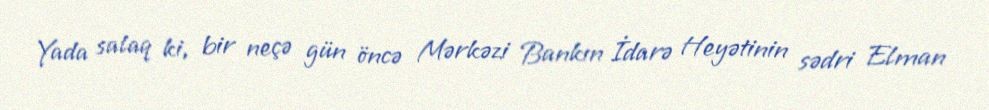
Yada salaq ki, bir neçə gün öncə Mərkəzi Bankın İdarə Heyətinin sədri Elman